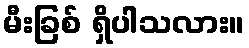
မီးခြစ် ရှိပါသလား။